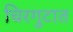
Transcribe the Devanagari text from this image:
चिरगुटात